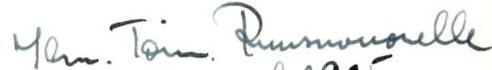
Ylen.Toim. Ruusuvuorelle